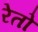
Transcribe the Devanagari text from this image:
रेतो